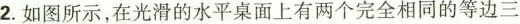
2.如图所示，在光滑的水平桌面上有两个完全相同的等边三